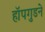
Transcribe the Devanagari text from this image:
हॉपगुडने